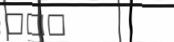
١٠٥